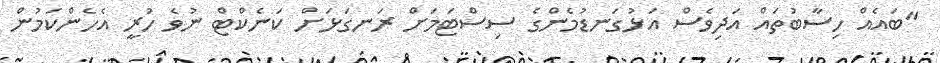
"ބައެއް ހިސާބުތައް އަދިވެސް އަޅުގަނޑުމެންގެ ސިސްޓަމަށް ރަނގަޅަށް ކަނެކްޓް ނުވެ ހުރީ އެހެންކަމުން